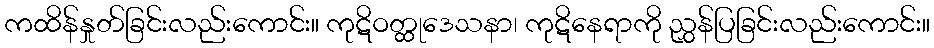
ကထိန်နှုတ်ခြင်းလည်းကောင်း။ ကုဋိဝတ္ထုဒေသနာ၊ ကုဋိနေရာကို ညွှန်ပြခြင်းလည်းကောင်း။